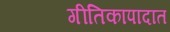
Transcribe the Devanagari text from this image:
गीतिकापादात